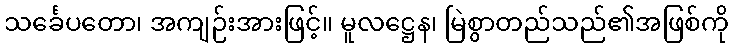
သင်္ခေပတော၊ အကျဉ်းအားဖြင့်။ မူလဋ္ဌေန၊ မြဲစွာတည်သည်၏အဖြစ်ကို